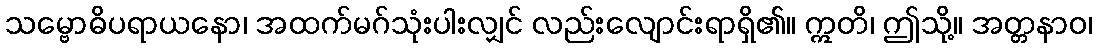
သမ္ဗောဓိပရာယနော၊ အထက်မဂ်သုံးပါးလျှင် လည်းလျောင်းရာရှိ၏။ ဣတိ၊ ဤသို့။ အတ္တနာဝ၊